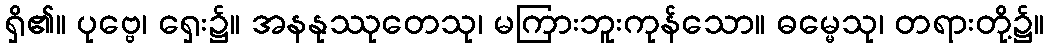
ရှိ၏။ ပုဗ္ဗေ၊ ရှေး၌။ အနနုဿုတေသု၊ မကြားဘူးကုန်သော။ ဓမ္မေသု၊ တရားတို့၌။